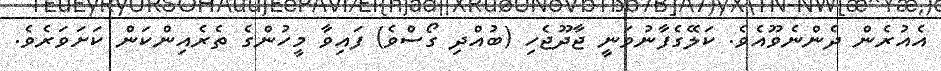
އެއުރެން ދެންނެވޫއެވެ. ކަލޭގެފާނުވަނީ ޖާދޫޖެހި (ބުއްދި ގޯސްވެ) ފައިވާ މީހުންގެ ތެރެއިންކަން ކަށަވަރެވެ.